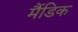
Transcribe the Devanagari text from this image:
मैंडिक